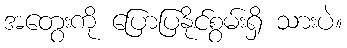
အတွေးကို ပြောပြနိုင်စွမ်းရှိ သားပဲ။